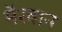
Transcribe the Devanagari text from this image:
मैरवान